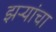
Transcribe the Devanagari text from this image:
झर्‍यांचा